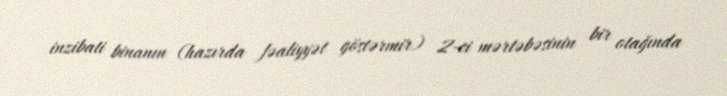
inzibati binanın (hazırda fəaliyyət göstərmir) 2-ci mərtəbəsinin bir otağında